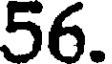
56.